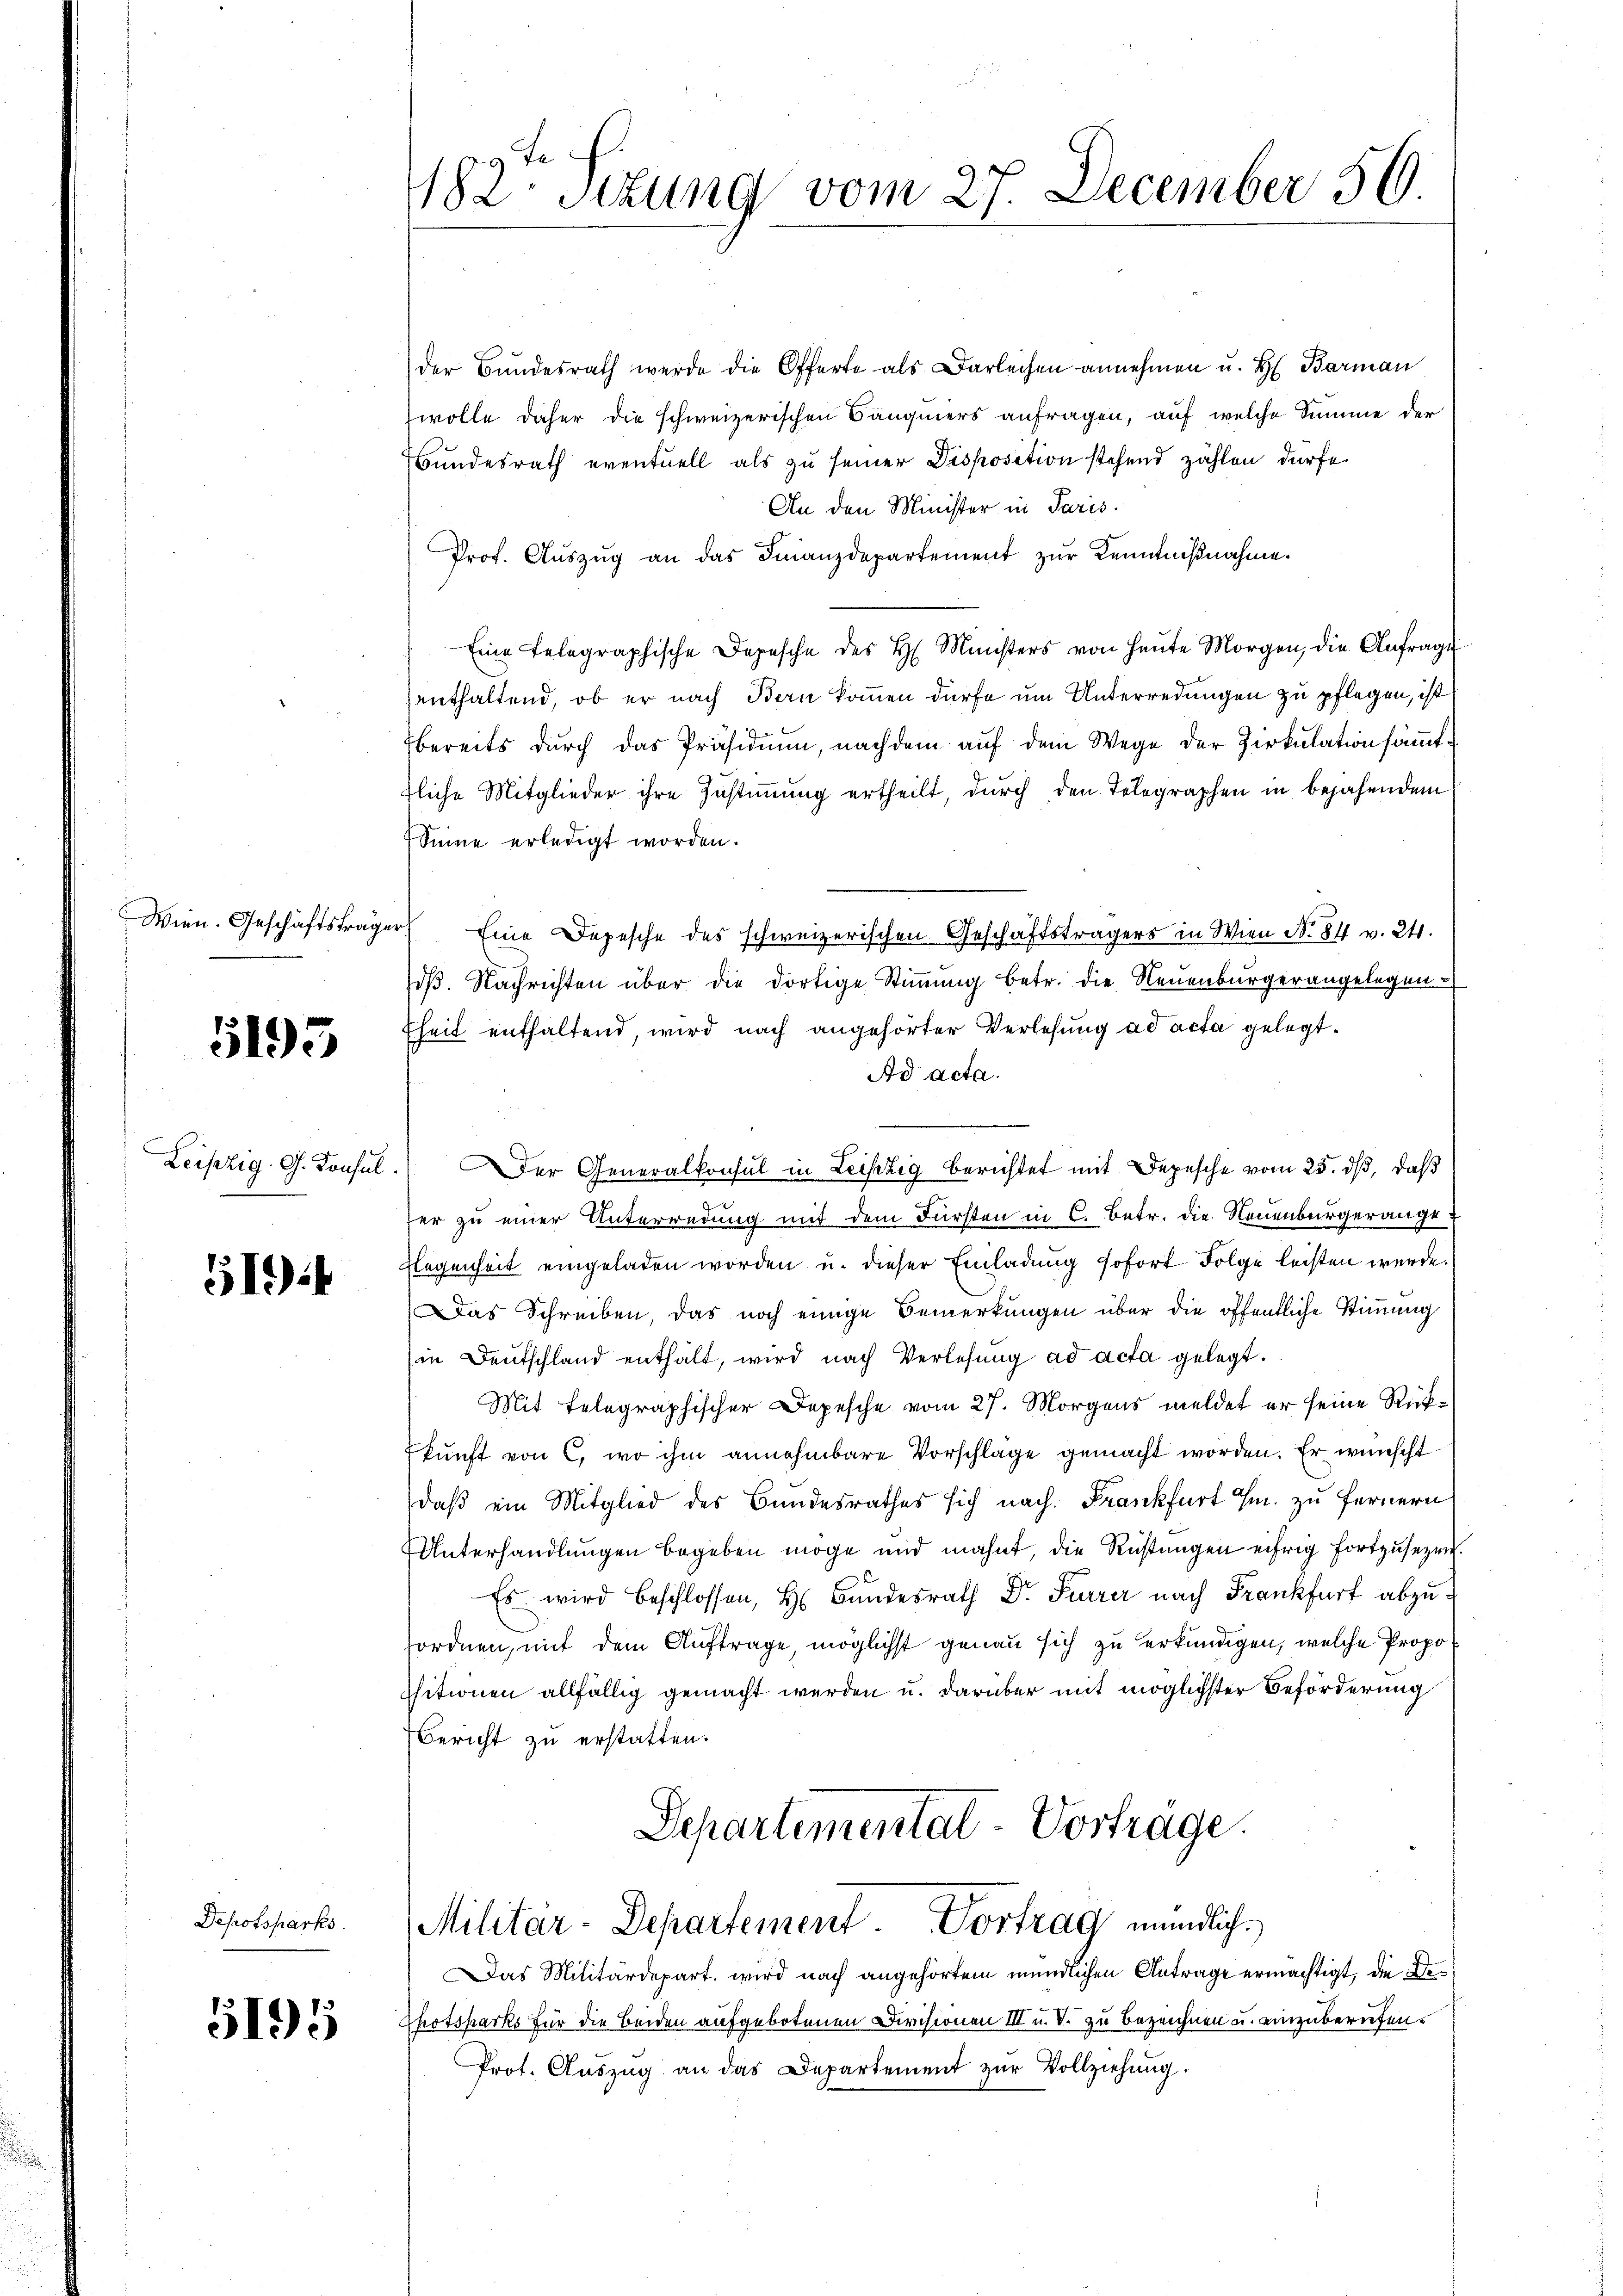
5193

519)

Depotsparks.

5195

der Bundesrath werde die Offerte als Darlechen annehmen u. H. Barman
wolle daher die schweizerischen Bäugners anfragen, auf welche Summe der
Bundesrath eventuell als zu seiner Disposition stehend zählen dürfe
An den Minister in Paris.
Prof. Aŭszŭg an das Finanzdepartement zŭr Kenntnißnahme.
Eine telegraphische Depesche des H. Ministers von heŭte Morgen, die Anfrage
enthaltend, ob er nach Bern kommen dürfe um Unterredungen zu pflegen, ist
bereits dŭrch das Präsidiŭm, nachdem aŭf dem Wege der Zirkulation sämmttliche Mitglieder ihre Zustimmung ertheilt, durch den Telegraphen in bejahendem
Seine erledigt worden.
Wien. Geschäftsträger Eine Depesche des schweizerischen Geschäftsträgers in Wien No. 811 v. 24.
dβ. Nachrichten über die dortige Stimmung betr. die Neuenburgerangelegen-
heit enthaltend, wird nach angehörter Verlesung ad acta gelegt.
Ad acta.
Leipzig G. Konsul. Der Generalkonsul in Leipzig berichtet mit Depesche vom 25. dß, daß
fer zu einer Unterredung mit dem Fürsten in C. Betr. die Neuenburgerange
Flegenheit eingeladen worden u. dieser Einladung sofort Folge leisten werde.
Das Schreiben, das noch einige Bemerkungen über die öffentliche Stimmung
in Deutschland enthält, wird nach Verlesung ad acta gelegt.
Mit telegraphischer Depesche vom 27. Morgens meldet er seine Rükkunft von C, wo ihm annehmbare Vorschläge gemacht worden. Er wünscht
daß ein Mitglied des Bundesrathes sich nach Frankfurt H. zu fernern
Unterhandlungen begeben möge und mahnt, die Rüstungen eifrig fortzusetzen.
Es wird beschlossen, H. Bundesrath Dr. Furrer nach Frankfurt abzufordnen, mit dem Auftrage, möglichst genau sich zu erkundigen, welche Propositionen allfällig gemacht werden u. darüber mit möglichster Beförderung
Bericht zu erstatten.
Separtementat-Vorträge.
Militär-Departement. Vortrag mündlich
Das Militärdepart. wird nach angehörtem mündlichen Antrage ermächtigt, die De¬
Thotspacks für die Beiden aufgebotenen Divisionen III u. V. zu bezeichnen u. einzuberufen.
Prot. Aŭszŭg an das Departement zŭr Vollziehung.

182. Sitzung vom 27. December 56.